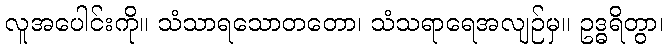
လူအပေါင်းကို။ သံသာရသောတတော၊ သံသရာရေအလျဉ်မှ။ ဥဒ္ဓရိတွာ၊